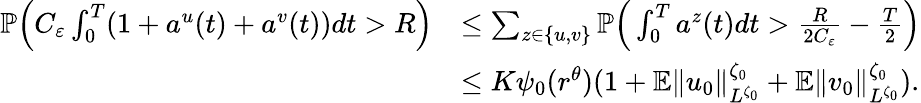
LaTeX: \begin{array}{rl}{{\mathbb P}\Big(C_{\varepsilon}\int_{0}^{T}(1+a^{u}(t)+a^{v}(t))dt>R\Big)}&{\leq\sum_{z\in\{ u,v\} }{\mathbb P}\Big(\int_{0}^{T}a^{z}(t)dt>\frac{R}{2C_{\varepsilon}}-\frac{T}{2}\Big)}\\ &{\leq K\psi_{0}(r^{\theta})(1+{\mathbb E}\| u_{0}\| _{L^{\zeta_{0}}}^{\zeta_{0}}+{\mathbb E}\| v_{0}\| _{L^{\zeta_{0}}}^{\zeta_{0}}).}\end{array}